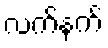
လက်နက်